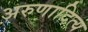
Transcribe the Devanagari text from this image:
अरुणादित्य